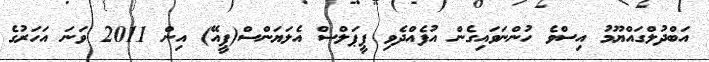
އަބްދުލްގައްޔޫމު އިސްވެ ހުންނަވައިގެން އުފެއްދެވި ޕީޕަލްސް އެލަޔަންސް(ޕީއޭ) އިން 2011 ވަނަ އަހަރުގެ